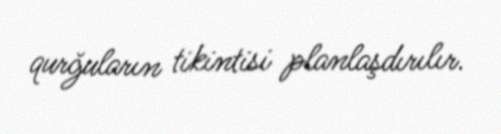
qurğuların tikintisi planlaşdırılır.